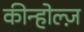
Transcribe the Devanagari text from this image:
कीन्होल्ज़